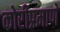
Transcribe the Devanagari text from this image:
कोरीप्रमाणे